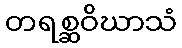
တရစ္ဆဝိဃာသံ